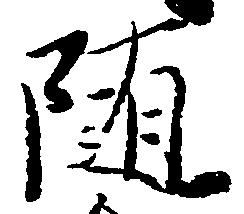
随